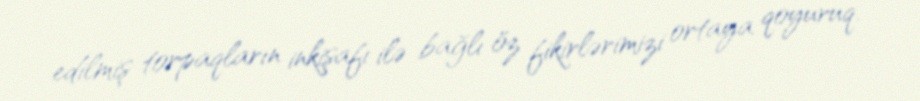
edilmiş torpaqların inkişafı ilə bağlı öz fikirlərimizi ortaya qoyuruq.